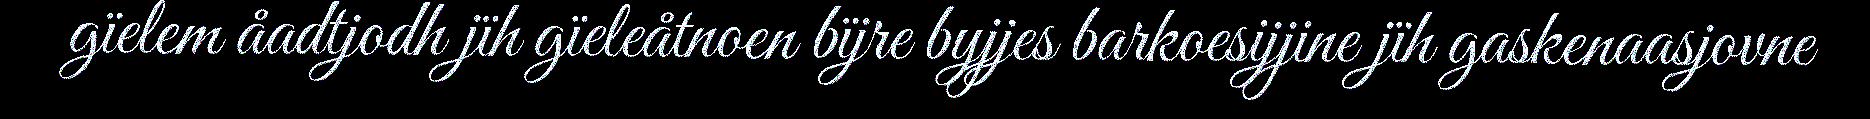
gïelem åadtjodh jïh gïeleåtnoen bïjre byjjes barkoesijjine jïh gaskenaasjovne